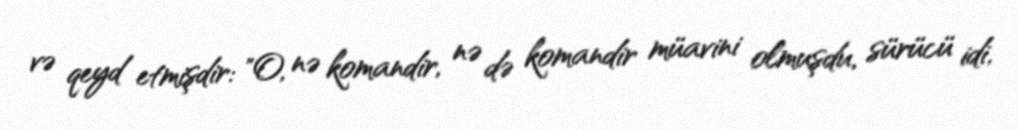
və qeyd etmişdir: "O, nə komandir, nə də komandir müavini olmuşdu, sürücü idi,